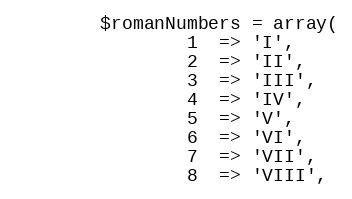
Language: PHP
        $romanNumbers = array(
                1  => 'I',
                2  => 'II',
                3  => 'III',
                4  => 'IV',
                5  => 'V',
                6  => 'VI',
                7  => 'VII',
                8  => 'VIII',